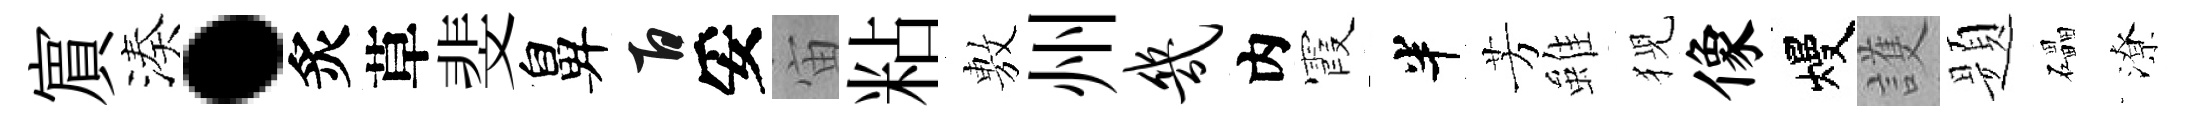
賔湊·炙草斐鼻百妥宙粘𢾾州几内霞半芳雖猊像熳護题礧潦